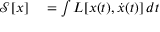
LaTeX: \begin{array} { r l } { { \mathcal { S } } [ x ] } & { { } = \int L [ x ( t ) , { \dot { x } } ( t ) ] \, d t } \end{array}